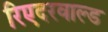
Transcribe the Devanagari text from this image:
रिएदरवाल्ड